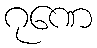
ဂုဏေ